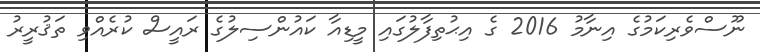
ނޫސްވެރިކަމުގެ އިނާމު 2016 ގެ އިޙުތިފާލުގައި މީޑިއާ ކައުންސިލުގެ ރައީސް ކުރެއްވި ތަޤުރީރު